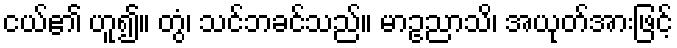
ငယ်၏ ဟူ၍။ တွံ၊ သင်ဘခင်သည်။ မာဥညာသိ၊ အယုတ်အားဖြင့်